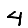
Digit: 4